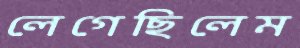
লেগেছিলেম